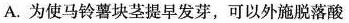
A.为使马铃薯块茎提早发芽，可以外施脱落酸